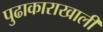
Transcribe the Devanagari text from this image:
पुढाकाराखाली